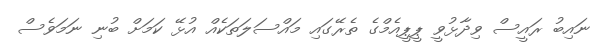
ނައިބު ރައީސް ވިދާޅުވީ ޕީޕީއެމްގެ ތެރޭގައި މައްސަލަތަކެއް އުޅޭ ކަމަށް ބުނި ނަމަވެސް